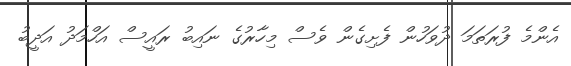
އެންމެ ފުރަތަމަ ދުވަހުން ފެށިގެން ވެސް މިހާރުގެ ނައިބު ރައީސް އަހްމަދު އަދީބު